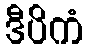
ဒီပိကံ